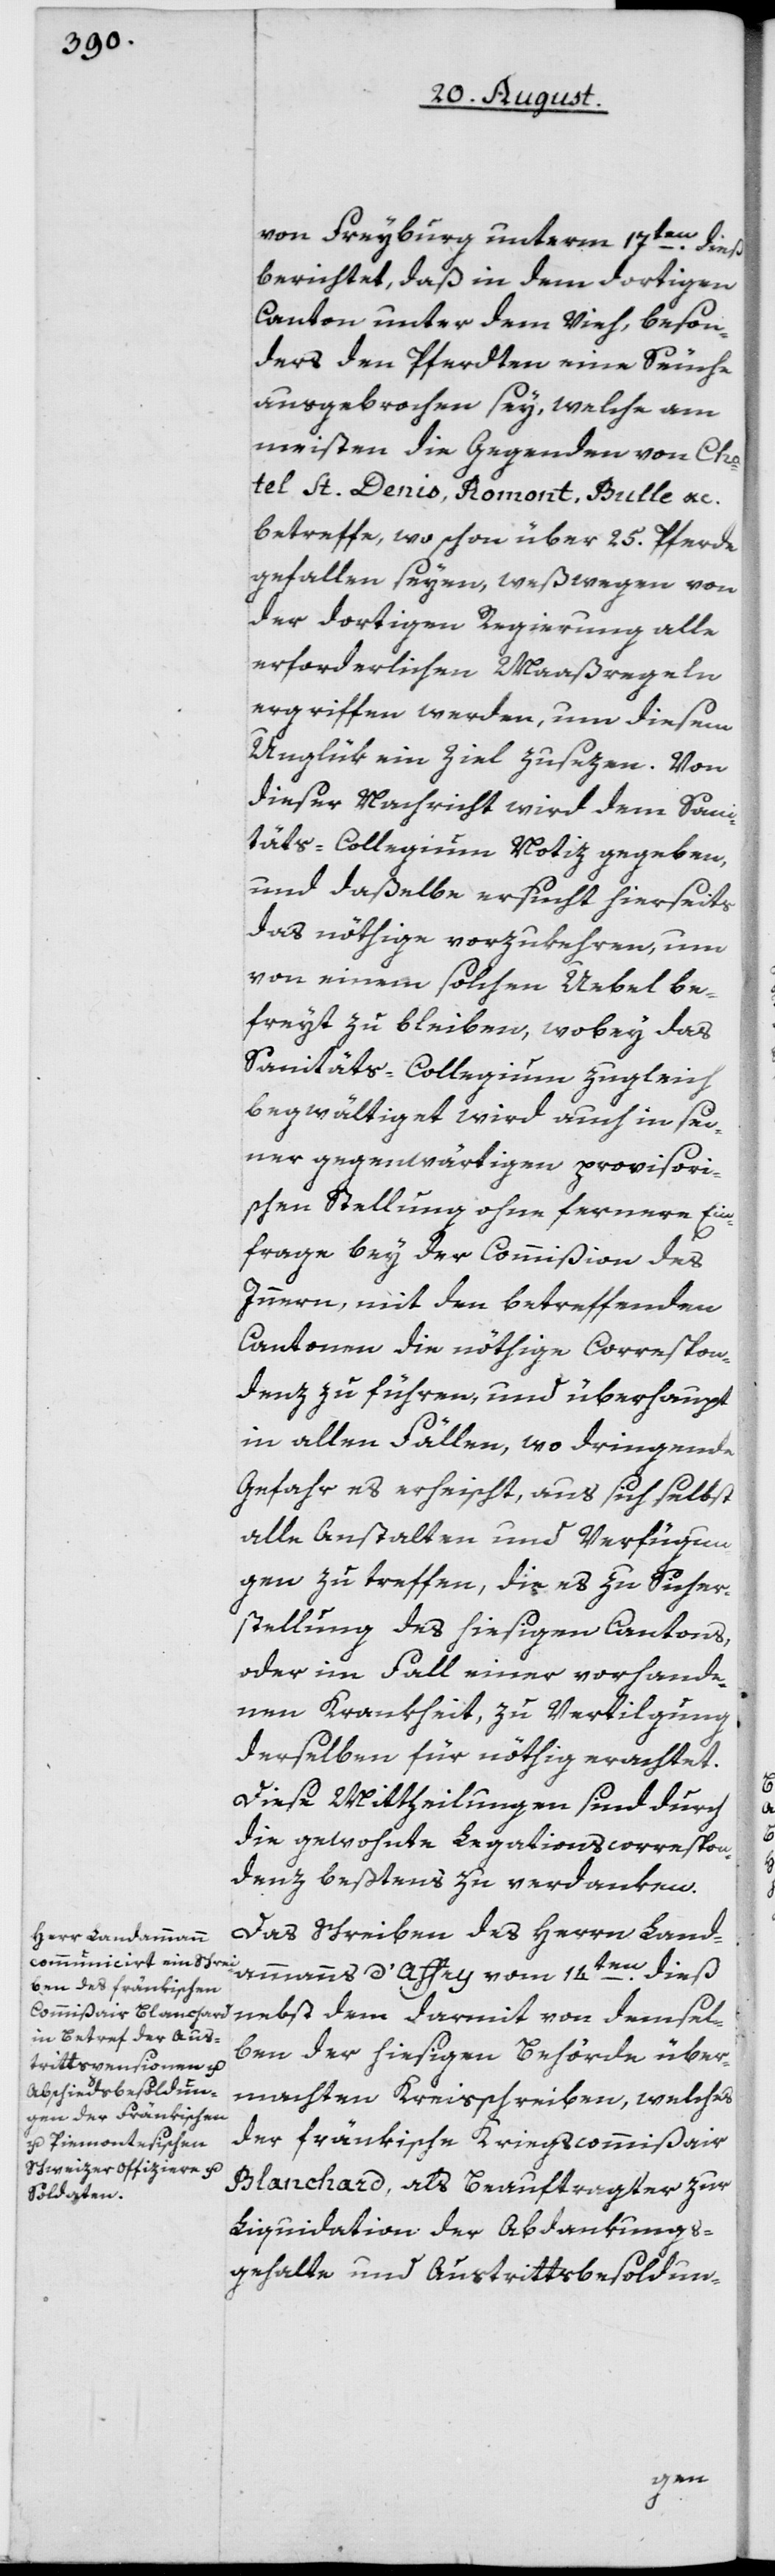
von Freyburg unterm 17ten dieß
berichtet, daß in dem dortigen
Canton unter dem Vieh, beson¬
ders der Pferdten eine Seuche
ausgebrochen sey, welche am
meisten die Gegenden von Cha¬
tel St. Denis, Romont, Bulle etc.
betreffe, wo schon über 25. Pferde
gefallen seyen, weßwegen von
der dortigen Regierung alle
erforderlichen Maaßregeln
ergriffen werden, um diesem
Unglük ein Ziel zusezen. Von
dieser Nachricht wird dem Sani¬
täts-Collegium Notiz gegeben,
und daßelbe ersucht hierseits
das nöthige vorzukehren, um
von einem solchen Uebel be¬
freyt zu bleiben, wobey das
Sanitäts-Collegium zugleich
begwältiget wird auch in sei¬
ner gegenwärtigen provisori¬
schen Stellung ohne fernere Ein¬
frage bey der Commißion des
Innern, mit den betreffenden
Cantonen die nöthige Correspon¬
denz zu führen, und überhaupt
in allen Fällen, wo dringende
Gefahr es erheischt, aus sich selbst
alle Anstalten und Verfügun¬
gen zu treffen, die es zu Sicher¬
stellung des hiesigen Cantons,
oder im Fall einer vorhande¬
nen Krankheit, zu Vertilgung
derselben für nöthig erachtet.
Diese Mittheilungen sind durch
die gewohnte Legationscorrespon¬
denz beßtens zu verdanken.
Das Schreiben des Herrn Land¬
ammanns d’Affry vom 14ten dieß
nebst dem darmit von demsel¬
ben der hiesigen Behörde über¬
machten Kreisschreiben, welches
der fränkische Kriegscommißair
Blanchard, als Beauftragter zur
Liquidation der Abdankungs¬
gehalte und Austrittsbesoldun-